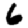
Digit: 6